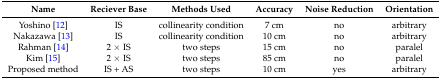
<table><thead><tr><td><b>Name</b></td><td><b>Reciever Base</b></td><td><b>Methods Used</b></td><td><b>Accuracy</b></td><td><b>Noise Reduction</b></td><td><b>Orientation</b></td></tr></thead><tbody><tr><td>Yoshino [12]</td><td>IS</td><td>collinearity condition</td><td>7 cm</td><td>no</td><td>arbitrary</td></tr><tr><td>Nakazawa [13]</td><td>IS</td><td>collinearity condition</td><td>10 cm</td><td>no</td><td>arbitrary</td></tr><tr><td>Rahman [14]</td><td>2 × IS</td><td>two steps</td><td>15 cm</td><td>no</td><td>paralel</td></tr><tr><td>Kim [15]</td><td>2 × IS</td><td>two steps</td><td>85 cm</td><td>no</td><td>paralel</td></tr><tr><td>Proposed method</td><td>IS + AS</td><td>two steps</td><td>10 cm</td><td>yes</td><td>arbitrary</td></tr></tbody></table>